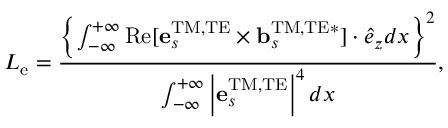
L _ { \mathrm { e } } = \frac { \left\{ \int _ { - \infty } ^ { + \infty } \mathrm { R e } [ { \bf e } _ { s } ^ { \mathrm { T M , T E } } \times { \bf b } _ { s } ^ { \mathrm { T M , T E * } } ] \cdot \hat { e } _ { z } d x \right\} ^ { 2 } } { \int _ { - \infty } ^ { + \infty } \left| { \bf e } _ { s } ^ { \mathrm { T M , T E } } \right| ^ { 4 } d x } ,